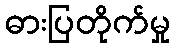
ဓားပြတိုက်မှု